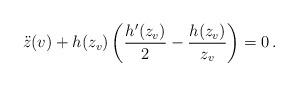
LaTeX: \begin{align*}\ddot z (v) + h(z_v) \left( {{h'(z_v)}\over 2} - {{h(z_v)}\over {z_v}}\right) =0 \, .\end{align*}